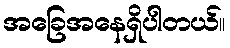
အခြေအနေရှိပါတယ်။